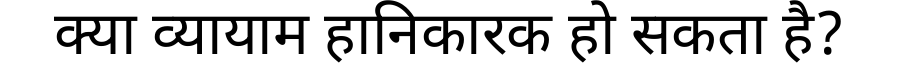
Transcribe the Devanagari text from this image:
क्या व्यायाम हानिकारक हो सकता है?